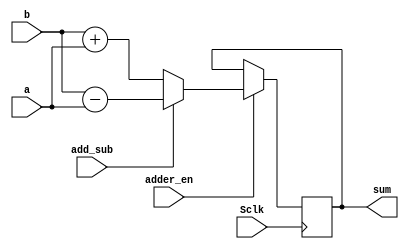
module adder(
    input Sclk,
	input [39:0] a,
    input [39:0] b,
    input add_sub,
	input adder_en,
    output [39:0] sum
    );
   reg [39:0] temp;
	always@(posedge Sclk)
	begin
	  if(adder_en)
	   begin
		if(add_sub == 1'b1)
           temp=b - a;
		else
            temp=b + a;
	   end
	   else
	    temp = temp;
    end
	assign sum = temp;
endmodule